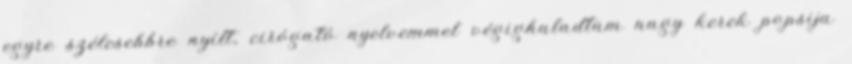
egyre szélesebbre nyílt, cirógató nyelvemmel végighaladtam nagy kerek popsija